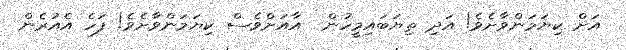
އަށް ކިޔަމަންވާށެވެ! އަދި ތިޔަބައިމީހުން  އާއަށްވެސް ކިޔަމަންވާށެވެ! ފަހެ އެއުރެން